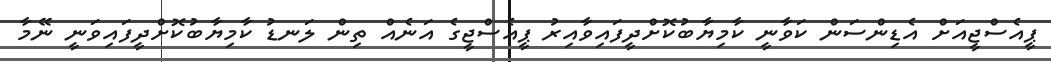
ޕީއެސްޖީއަށް އެޑިންސަން ކަވާނީ ކާމިޔާބުކޮށްދީފައިވާއިރު ޕީއެސްޖީގެ އަނެއް ތިން ލަނޑު ކާމިޔާބުކޮށްދީފައިވަނީ ނޭމާ